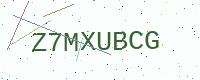
Text: Z7MXUBCG